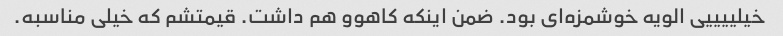
خیلییییی الویه خوشمزه‌ای بود. ضمن اینکه کاهوو هم داشت. قیمتشم که خیلی مناسبه.